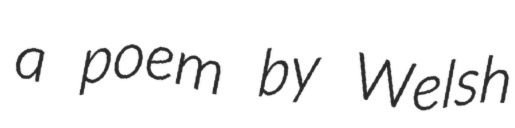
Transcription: a poem by Welsh